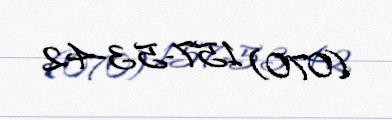
(070) 157-53-42